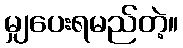
မျှပေးရမည်တဲ့။